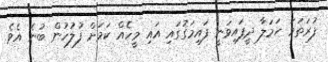
ފުރަތަމަ ހަމަލާ ދީފައިވަނީ ފައިމަގުގައި އައި މީހެއް ކަމަށް ފުލުހުން ބުނެ އެވެ.